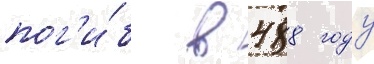
пог'и́б в 488 году